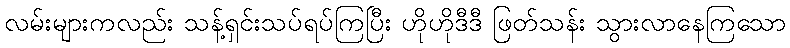
လမ်းများကလည်း သန့်ရှင်းသပ်ရပ်ကြပြီး ဟိုဟိုဒီဒီ ဖြတ်သန်း သွားလာနေကြသော